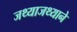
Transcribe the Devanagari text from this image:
जथ्याजथ्याने